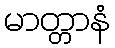
မာတ္တာနံ